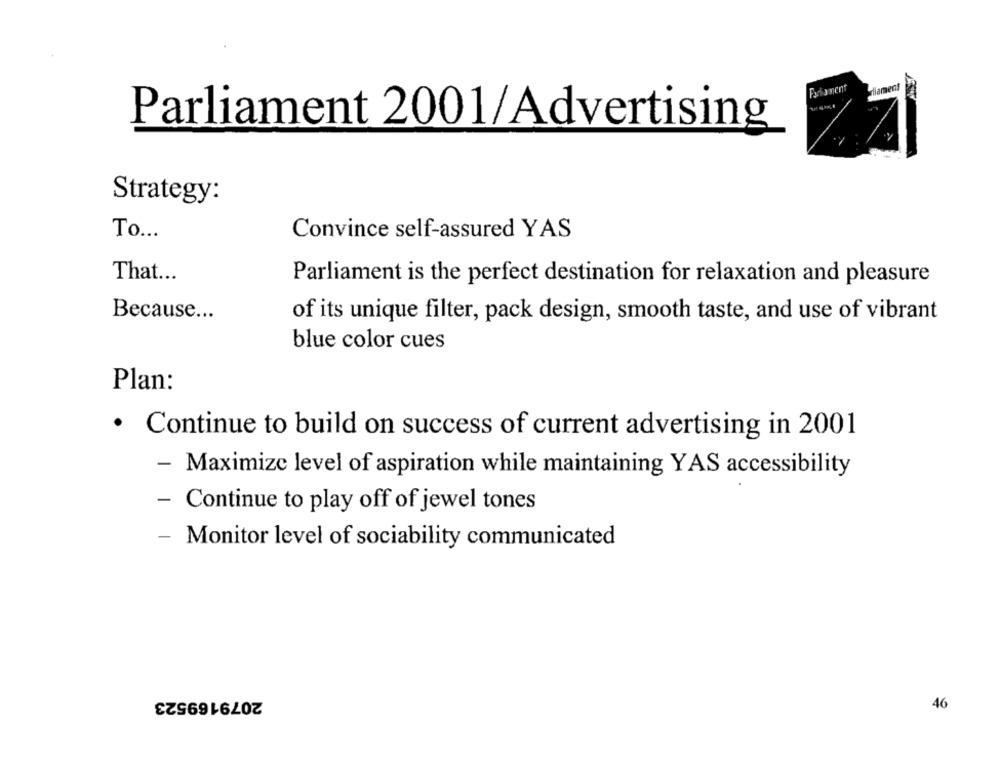
Fachament
diamens
Parliament 2001/Advertising
Strategy:
To ...
Convince self-assured YAS
That ...
Parliament is the perfect destination for relaxation and pleasure
Because ...
of its unique filter, pack design, smooth taste, and use of vibrant
blue color cues
Plan:
· Continue to build on success of current advertising in 2001
- Maximize level of aspiration while maintaining YAS accessibility
- Continue to play off of jewel tones
- Monitor level of sociability communicated
2079169523
46